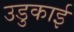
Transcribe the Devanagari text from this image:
उडुकाई